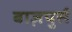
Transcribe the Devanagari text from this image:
बाज़पुर्स